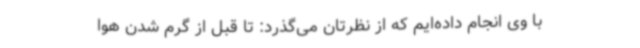
با وی انجام داده‌ایم که از نظرتان می‌گذرد: تا قبل از گرم شدن هوا